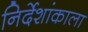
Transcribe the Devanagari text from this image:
निर्देशांकाला